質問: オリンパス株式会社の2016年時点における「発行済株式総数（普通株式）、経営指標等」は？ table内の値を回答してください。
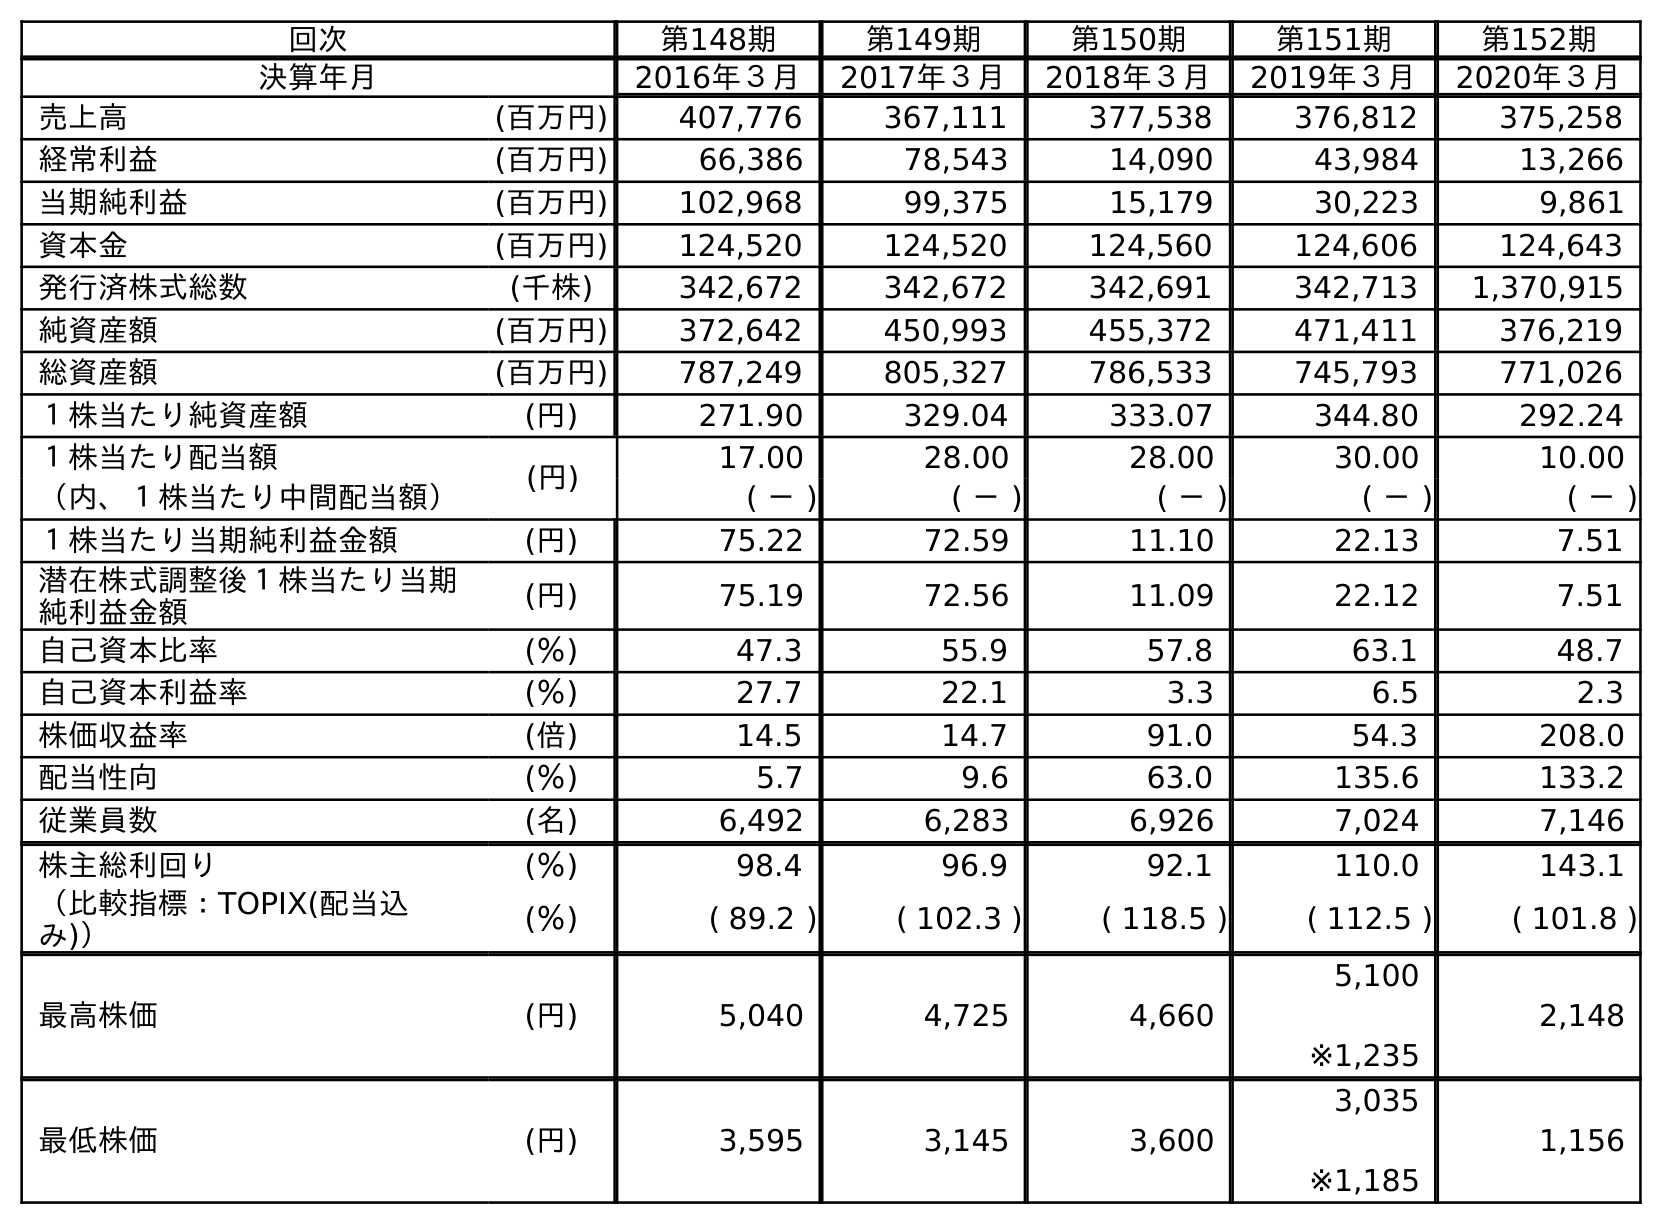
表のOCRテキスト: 回次 第148期 第149期 第150期 第151期 第152期 決算年月 2016年３月 2017年３月 2018年３月 2019年３月 2020年３月 売上高 (百万円) 407,776 367,111 377,538 376,812 375,258 経常利益 (百万円) 66,386 78,543 14,090 43,984 13,266 当期純利益 (百万円) 102,968 99,375 15,179 30,223 9,861 資本金 (百万円) 124,520 124,520 124,560 124,606 124,643 発行済株式総数 (千株) 342,672 342,672 342,691 342,713 1,370,915 純資産額 (百万円) 372,642 450,993 455,372 471,411 376,219 総資産額 (百万円) 787,249 805,327 786,533 745,793 771,026 １株当たり純資産額 (円) 271.90 329.04 333.07 344.80 292.24 １株当たり配当額 (円) 17.00 28.00 28.00 30.00 10.00 （内、１株当たり中間配当額） ( － ) ( － ) ( － ) ( － ) ( － ) １株当たり当期純利益金額 (円) 75.22 72.59 11.10 22.13 7.51 潜在株式調整後１株当たり当期 純利益金額 (円) 75.19 72.56 11.09 22.12 7.51 自己資本比率 (％) 47.3 55.9 57.8 63.1 48.7 自己資本利益率 (％) 27.7 22.1 3.3 6.5 2.3 株価収益率 (倍) 14.5 14.7 91.0 54.3 208.0 配当性向 (％) 5.7 9.6 63.0 135.6 133.2 従業員数 (名) 6,492 6,283 6,926 7,024 7,146 株主総利回り (％) 98.4 96.9 92.1 110.0 143.1 （比較指標：TOPIX(配当込 み)） (％) ( 89.2 ) ( 102.3 ) ( 118.5 ) ( 112.5 ) ( 101.8 ) 最高株価 (円) 5,040 4,725 4,660 5,100 ※1,235 2,148 最低株価 (円) 3,595 3,145 3,600 3,035 ※1,185 1,156
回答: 342,672